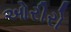
ઓરીરો